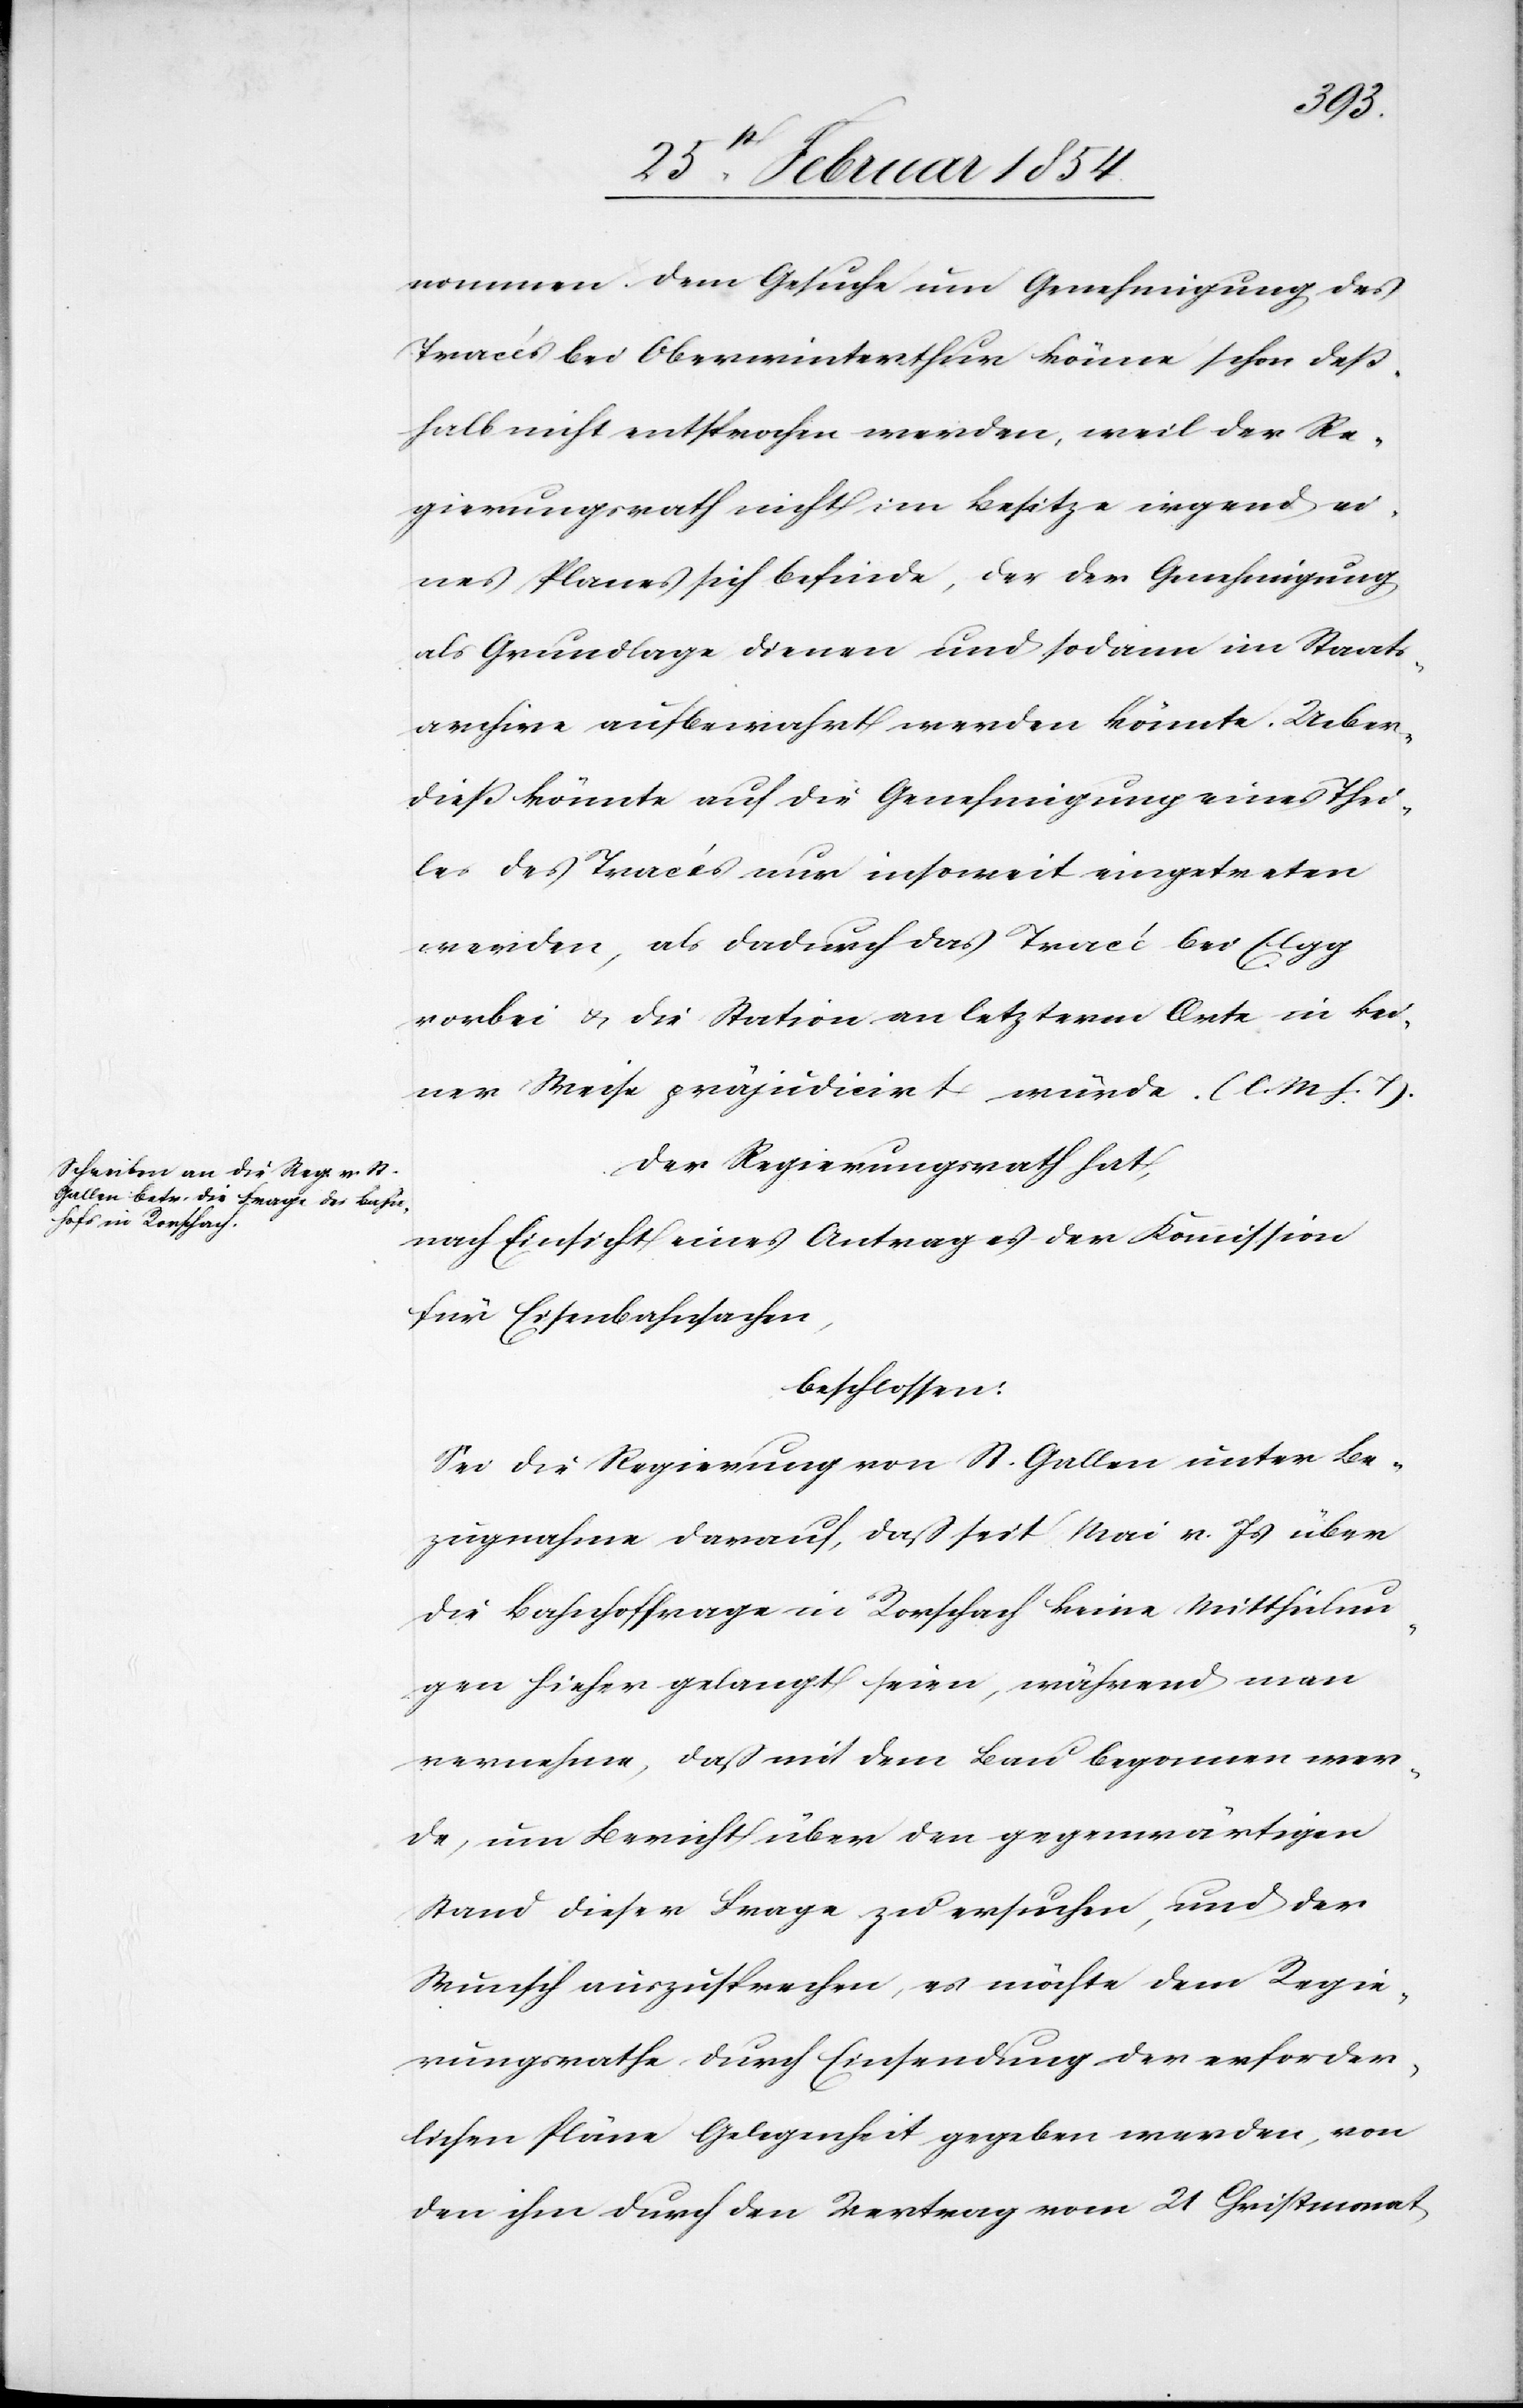
nommen. Dem Gesuche um Genehmigung des
Tracés bei Oberwinterthur könne schon deß¬
halb nicht entsprochen werden, weil der Re¬
gierungsrath nicht im Besitze irgend ei¬
nes Planes sich befinde, der der Genehmigung
als Grundlage dienen und sodann im Staats¬
archive aufbewahrt werden könnte. Ueber¬
dieß könnte auf die Genehmigung eines Thei¬
les des Tracés nur insoweit eingetreten
werden, als dadurch das Tracé bei Elgg
vorbei u. die Station an letzterm Orte in kei¬
ner Weise präjudicirt würde. (l. M. h. T.).
Der Regierungsrath hat,
nach Einsicht eines Antrages der Kommission
für Eisenbahnsachen,
beschlossen:
Sei die Regierung von St. Gallen unter Be¬
zugnahme darauf, daß seit Mai v. Js über
die Bahnhoffrage in Rorschach keine Mittheilun¬
gen hieher gelangt seien, während man
vernehme, daß mit dem Bau begonnen wer¬
de, um Bericht über den gegenwärtigen
Stand dieser Frage zu ersuchen, und der
Wunsch auszusprechen, es möchte dem Regie¬
rungsrathe durch Einsendung der erforder¬
lichen Pläne Gelegenheit gegeben werden, von
den ihm durch den Vertrag vom 21 Christmonat